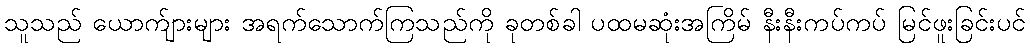
သူသည် ယောက်ျားများ အရက်သောက်ကြသည်ကို ခုတစ်ခါ ပထမဆုံးအကြိမ် နီးနီးကပ်ကပ် မြင်ဖူးခြင်းပင်